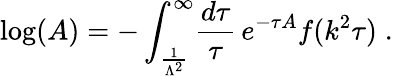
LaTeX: \mathrm{log}(A)=-\int_{\frac{1}{\Lambda^{2}}}^{\infty}\! \frac{d\tau}{\tau}\, e^{-\tau A}f(k^{2}\tau)\; .